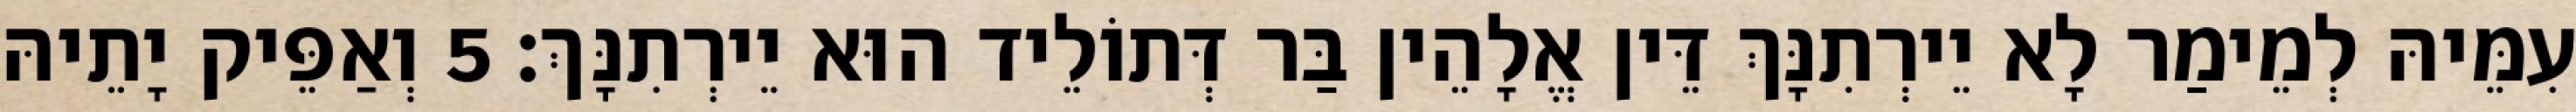
עִמֵּיהּ לְמֵימַר לָא יֵירְתִנָּךְ דֵּין אֱלָהֵין בַּר דְּתוֹלֵיד הוּא יֵירְתִנָּךְ׃ 5 וְאַפֵּיק יָתֵיהּ